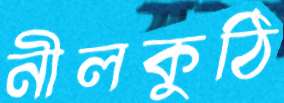
নীলকুঠি